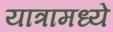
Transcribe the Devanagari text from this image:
यात्रामध्ये